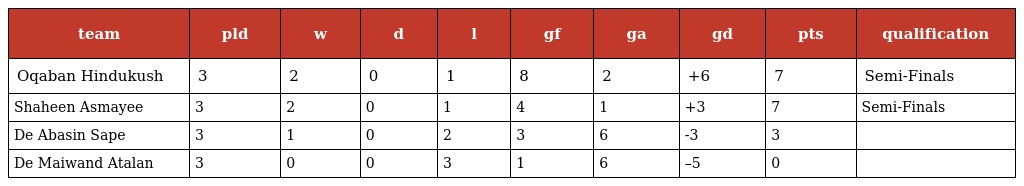
| team | pld | w | d | l | gf | ga | gd | pts | qualification |
 | --- | --- | --- | --- | --- | --- | --- | --- | --- | --- |
 | Oqaban Hindukush | 3 | 2 | 0 | 1 | 8 | 2 | +6 | 7 | Semi-Finals |
 | Shaheen Asmayee | 3 | 2 | 0 | 1 | 4 | 1 | +3 | 7 | Semi-Finals |
 | De Abasin Sape | 3 | 1 | 0 | 2 | 3 | 6 | -3 | 3 |  |
 | De Maiwand Atalan | 3 | 0 | 0 | 3 | 1 | 6 | –5 | 0 |  |